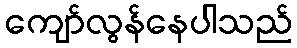
ကျော်လွန်နေပါသည်